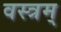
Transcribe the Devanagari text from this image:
वस्त्रम्‌